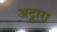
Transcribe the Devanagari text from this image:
अट्टारा